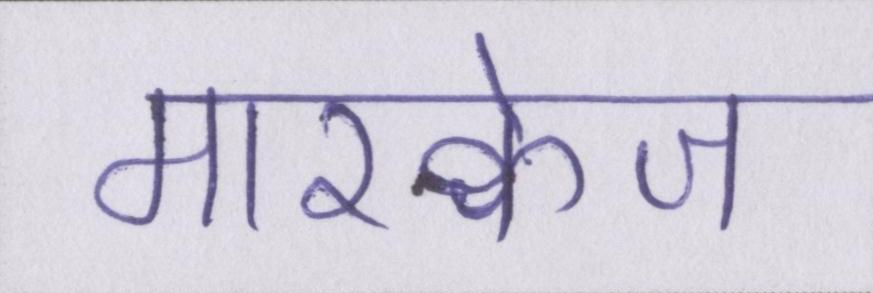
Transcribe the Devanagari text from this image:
मारक्वेज